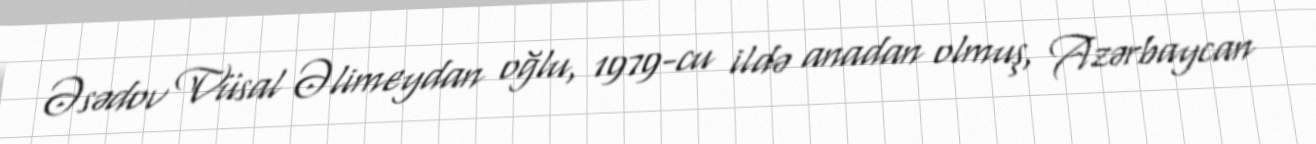
Əsədov Vüsal Əlimeydan oğlu, 1979-cu ildə anadan olmuş, Azərbaycan